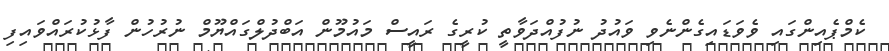
ކެމްޕެއިންގައި ވެވަޑައިގެންނެވި ވައުދު ނުފުއްދަވާތީ ކުރީގެ ރައީސް މައުމޫން އަބްދުލްގައްޔޫމް ނުރުހުން ފާޅުކުރައްވައިފި